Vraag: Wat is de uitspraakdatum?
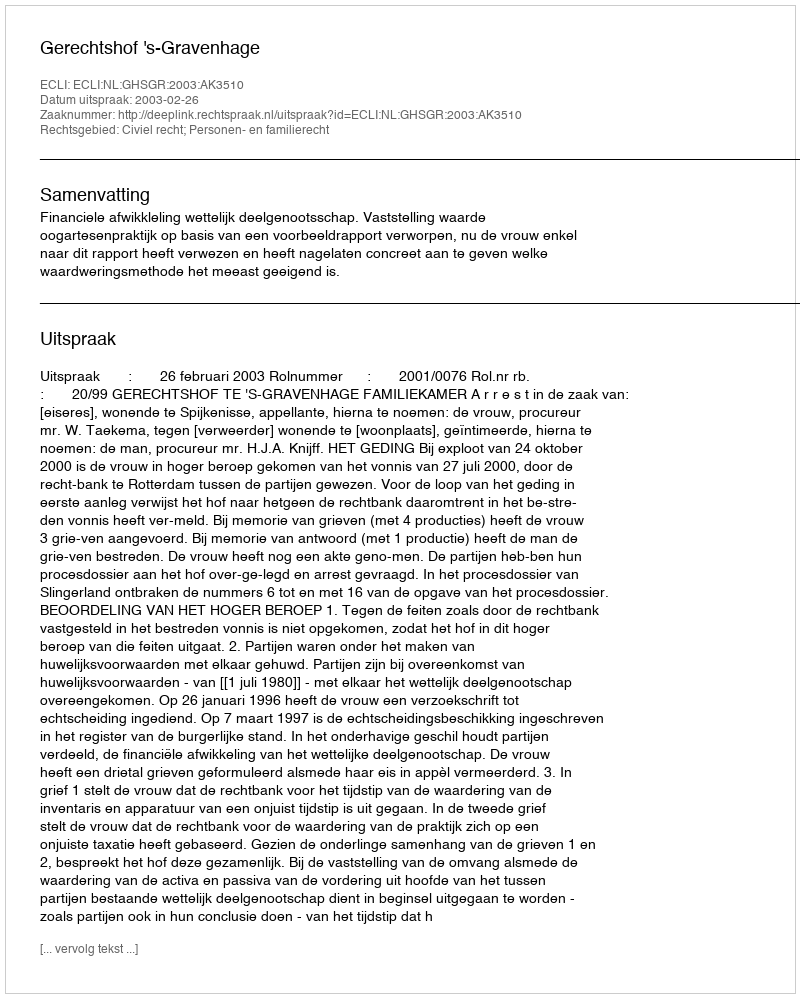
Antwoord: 2003-02-26